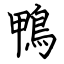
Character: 鴨